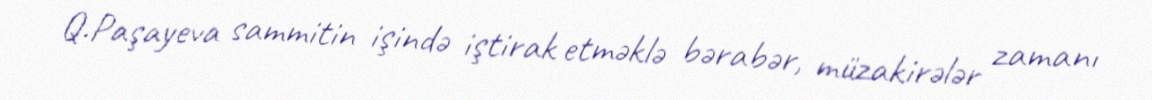
Q.Paşayeva sammitin işində iştirak etməklə bərabər, müzakirələr zamanı